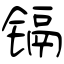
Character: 镉